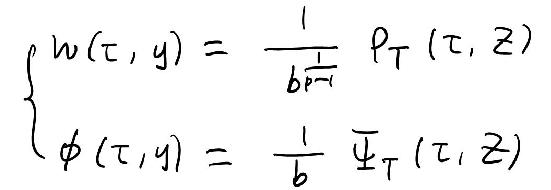
\begin{cases}
w(\tau,y)=\frac{1}{b^{\frac{1}{p - 1}}}\rho_T(\tau,z)\\
\phi(\tau,y)=\frac{1}{b}\Psi_T(\tau,z)
\end{cases}